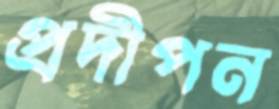
প্রদীপন